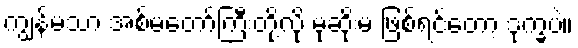
ကျွန်မသာ အစ်မတော်ကြီးတို့လို မုဆိုးမ ဖြစ်ရင်တော့ ဒုက္ခပဲ။